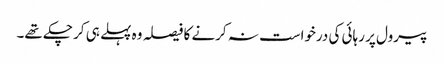
پیرول پر رہائی کی درخواست نہ کرنے کا فیصلہ وہ پہلے ہی کر چکے تھے۔